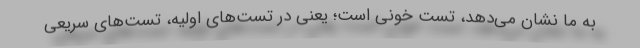
به ما نشان می‌دهد، تست خونی است؛ یعنی در تست‌های اولیه، تست‌های سریعی